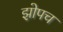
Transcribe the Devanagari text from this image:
झोपच